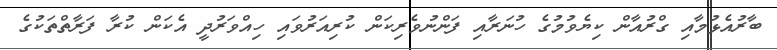
ބާރުއެޅުމާއި ގްރުއާން ކިޔެވުމުގެ ހުނަރާއި ފަންނުވެރިކަން ކުރިއަރުވައި ހިއްވަރުދީ އެކަން ކުރާ ފަރާތްތަކުގެ